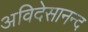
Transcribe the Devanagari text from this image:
अविदेसानन्द